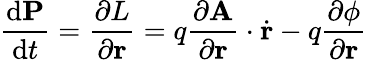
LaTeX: {\frac{\mathrm{d}\mathbf{P}}{\mathrm{d}t}}={\frac{\partial L}{\partial\mathbf{r}}}=q{\frac{\partial\mathbf{A}}{\partial\mathbf{r}}}\cdot{\dot{\mathbf{r}}}-q{\frac{\partial\phi}{\partial\mathbf{r}}}\,